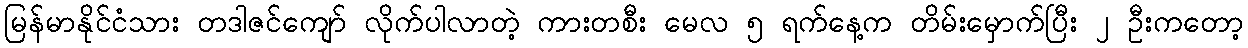
မြန်မာနိုင်ငံသား တဒါဇင်ကျော် လိုက်ပါလာတဲ့ ကားတစီး မေလ ၅ ရက်နေ့က တိမ်းမှောက်ပြီး ၂ ဦးကတော့